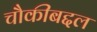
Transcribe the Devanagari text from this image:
चौकीबद्दल